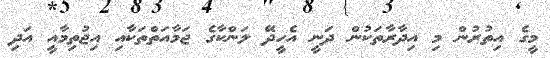
މީގެ އިތުރުން މި އިދާރާތަކުން ދަނީ އެހީދޭ ލަންކާގެ ޖަމާއަތްތަކާއި އިޖުތިމާއީ އަދި